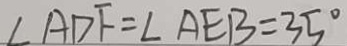
\angle A D F = \angle A E B = 3 5 ^ { \circ }